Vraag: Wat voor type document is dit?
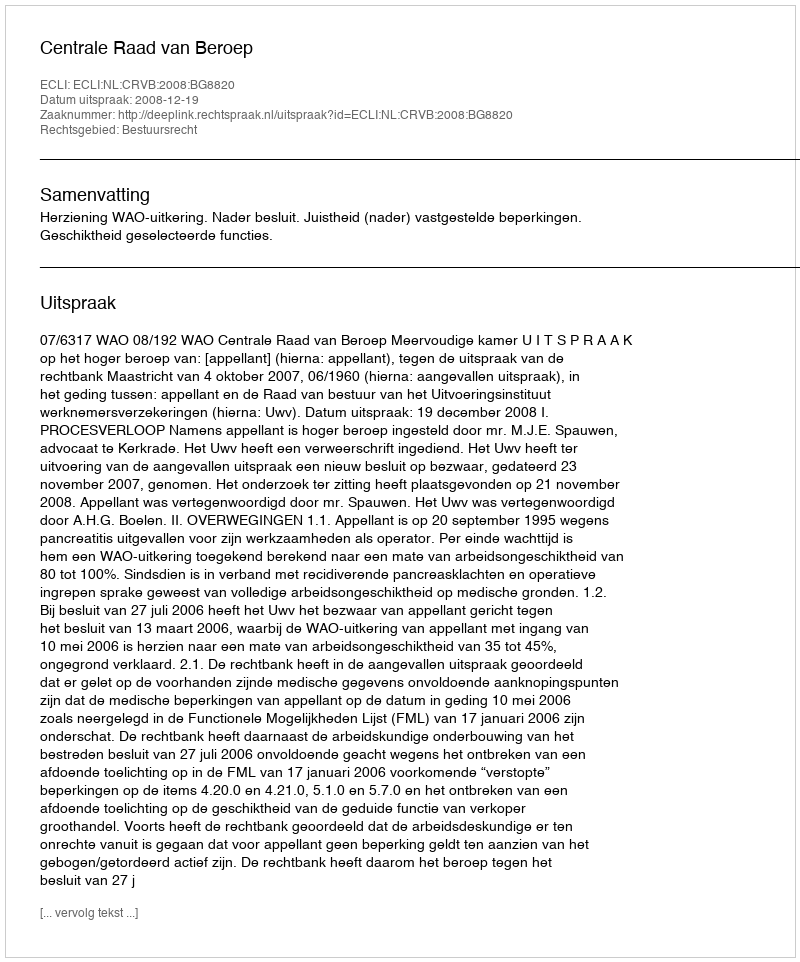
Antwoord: Uitspraak